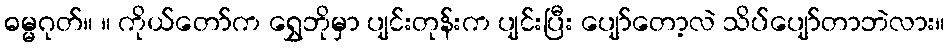
ဓမ္မဂုတ်။ ။ ကိုယ်တော်က ရွှေဘိုမှာ ပျင်းတုန်းက ပျင်းပြီး ပျော်တော့လဲ သိပ်ပျော်တာဘဲလား။